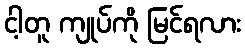
ငါ့တူ ကျုပ်ကို မြင်ရလား